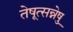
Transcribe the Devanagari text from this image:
तेषूत्सन्नेषु